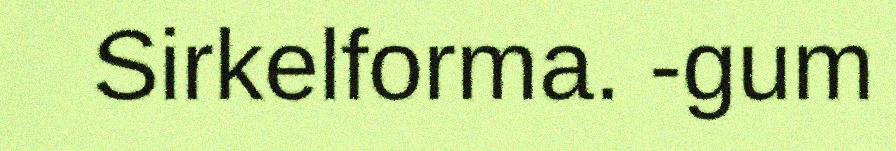
Sirkelforma. -gum